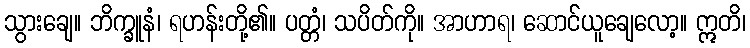
သွားချေ။ ဘိက္ခူနံ၊ ရဟန်းတို့၏။ ပတ္တံ၊ သပိတ်ကို။ အာဟာရ၊ ဆောင်ယူချေလော့။ ဣတိ၊